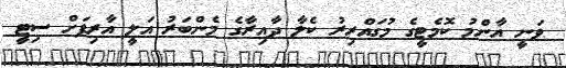
ވަނީ އާންމު ކޮމެޓީގެ މުގައްރިރު ކެލާ ދާއިރާގެ މެންބަރު އަލީ އާރިފަށް ސިޓީ